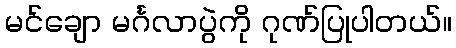
မင်ချော မင်္ဂလာပွဲကို ဂုဏ်ပြုပါတယ်။